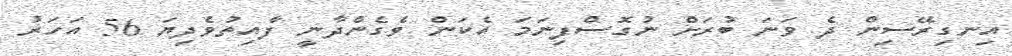
އިނގިރޭސިން ދެ ވަނަ ބުރަށް ނުގޮސްފިނަމަ އެކަން ވެގެންދާނީ ފާއިތުވެދިޔަ 56 އަހަރު